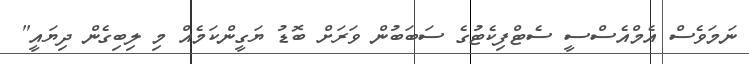
ނަމަވެސް އެމްއެސްސީ ސެޓްފިކެޓުގެ ސަބަބުން ވަރަށް ބޮޑު ޔަގީންކަމެއް މި ލިބިގެން ދިޔައީ"